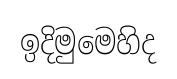
ඉදිමුමෙහිද